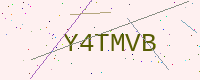
Text: Y4TMVB